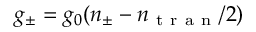
g _ { \pm } = g _ { 0 } ( n _ { \pm } - n _ { \mathrm { ~ t ~ r ~ a ~ n ~ } } / 2 )